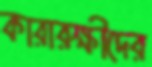
কারারক্ষীদের